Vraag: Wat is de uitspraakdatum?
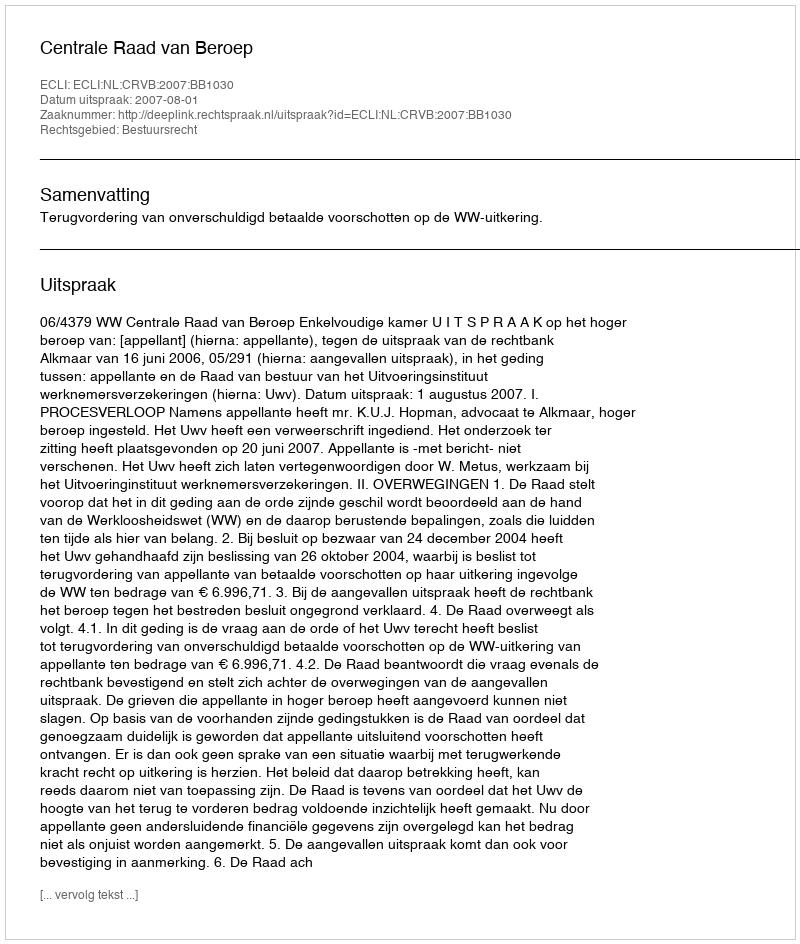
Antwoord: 2007-08-01